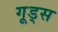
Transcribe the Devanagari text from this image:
गूड्स